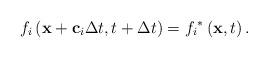
LaTeX: \begin{align*}{f_i}\left( {{\bf{x}} + {{\bf{c}}_i}\Delta t,t + \Delta t} \right) = {f_i}^*\left( {{\bf{x}},t} \right).\end{align*}